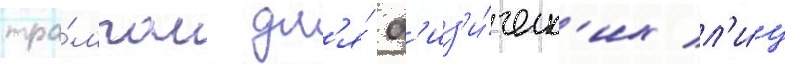
тра́мпом дл'я́ ф'из'и́ческ'их л'и́ц